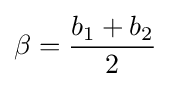
\beta ={\frac {b_{1}+b_{2}}{2}}